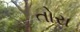
તોરા